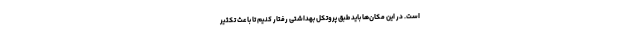
است. در این مکان‌ها باید طبق پروتکل بهداشتی رفتار کنیم تا باعث تکثیر